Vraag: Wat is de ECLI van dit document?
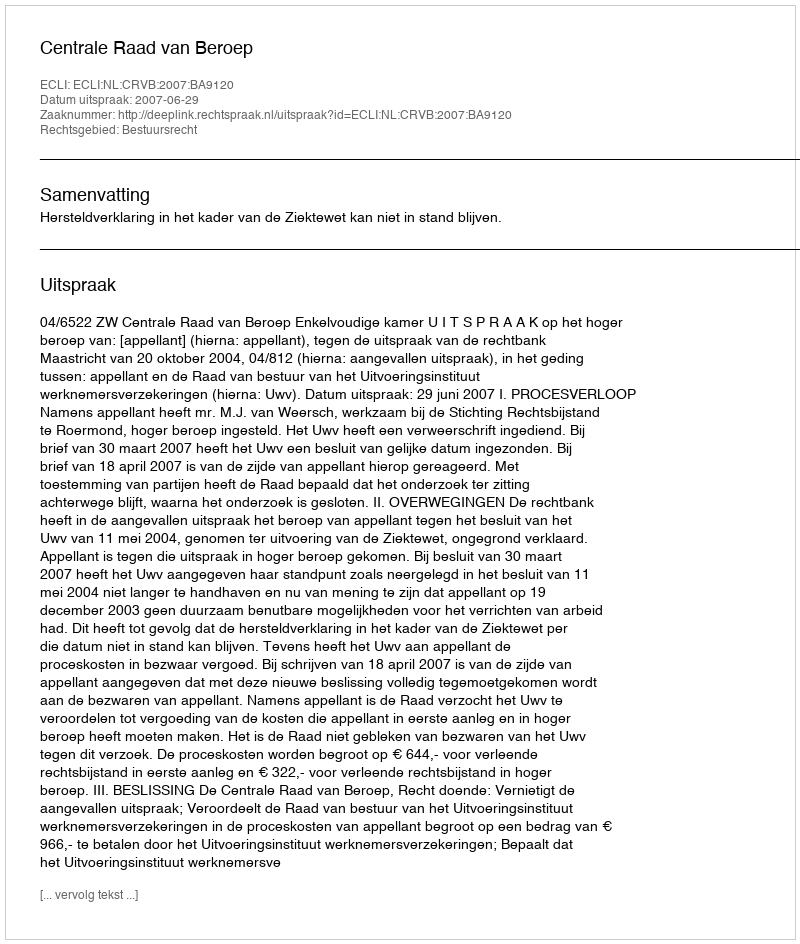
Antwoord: ECLI:NL:CRVB:2007:BA9120